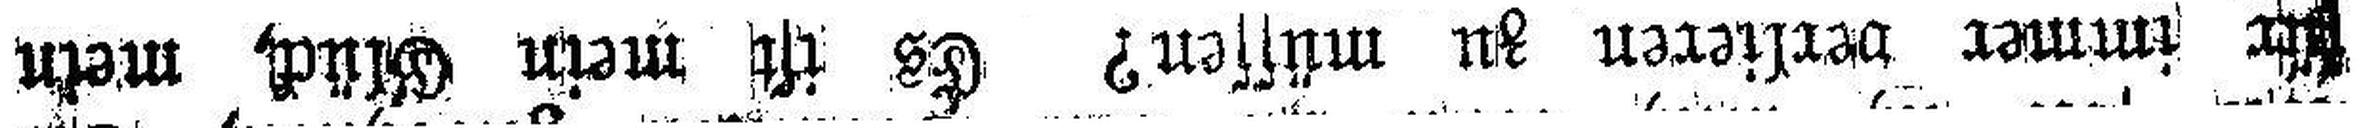
für immer verlieren zu müssen? Es ist mein Glück, mein